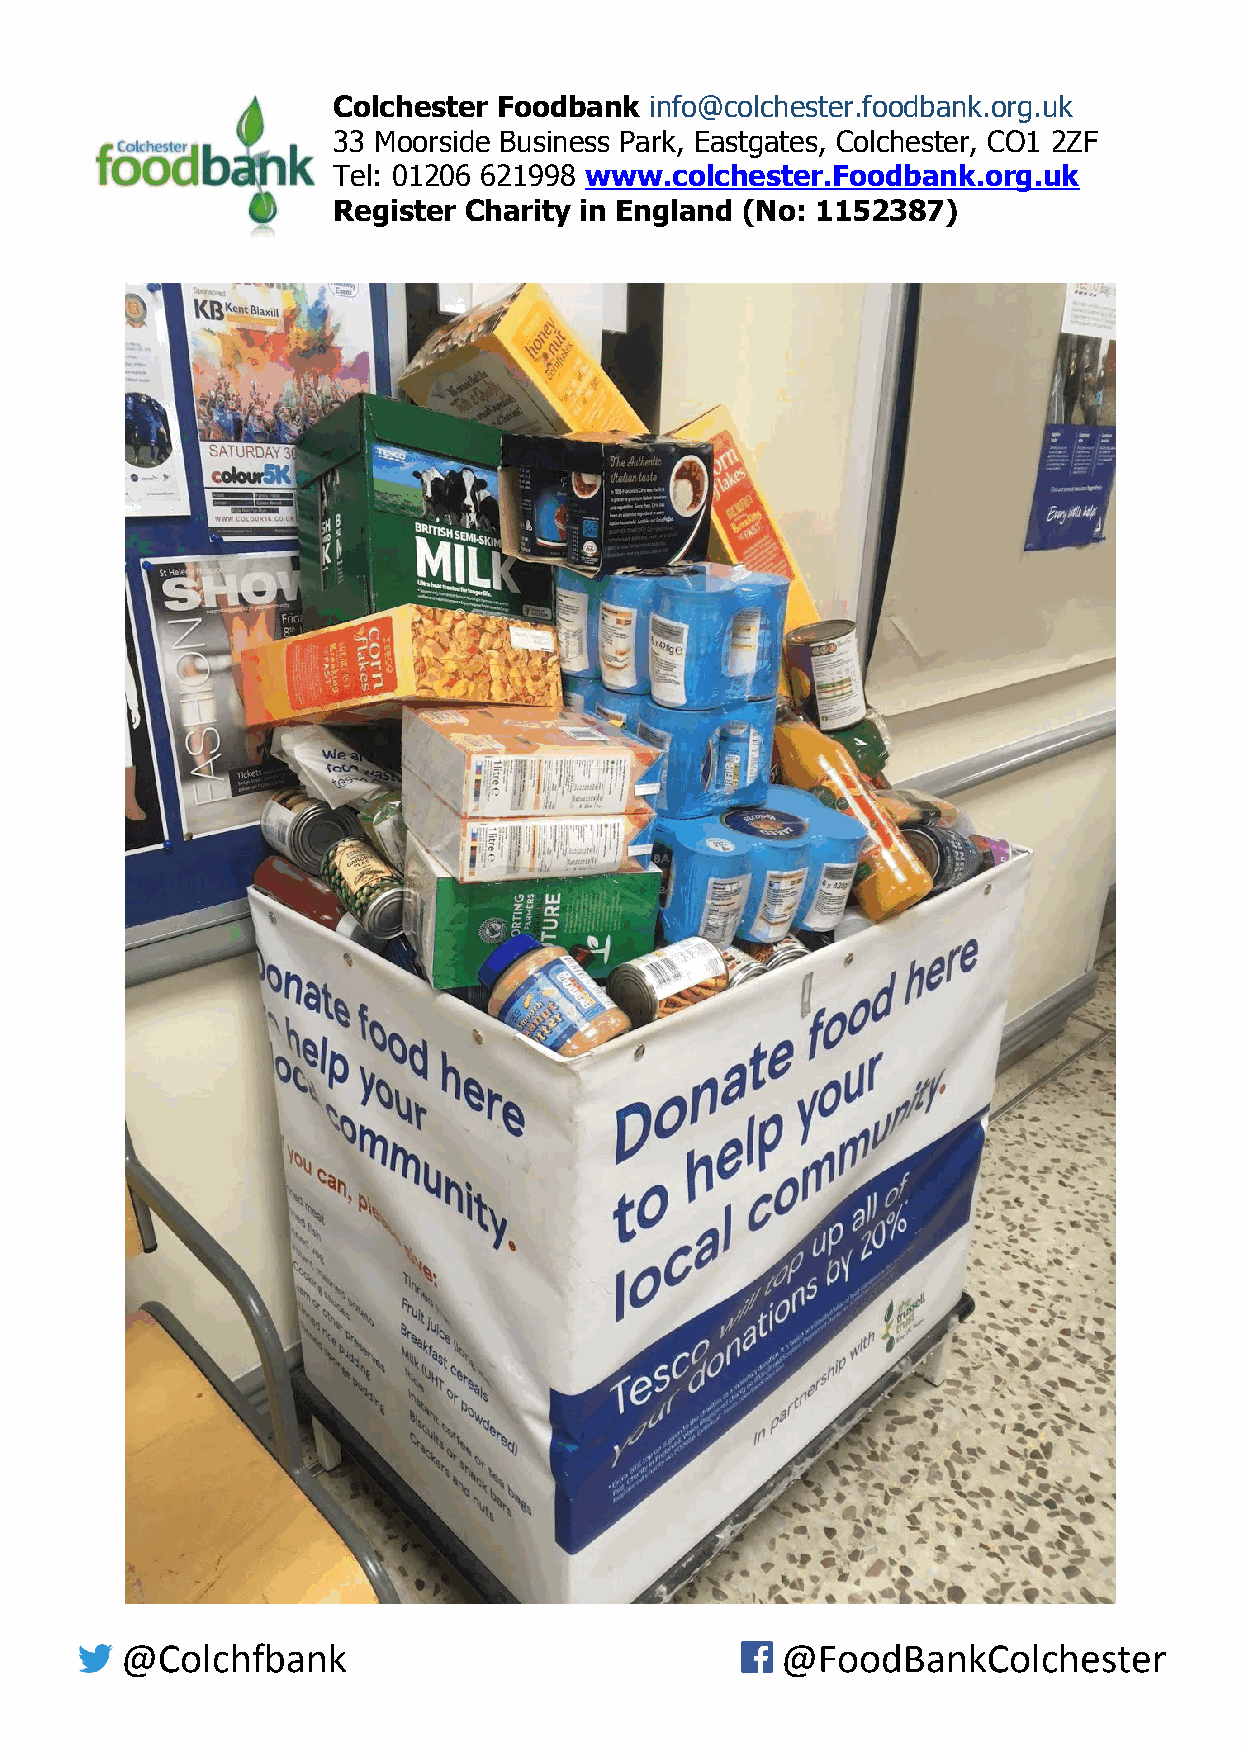
Colchester Foodbank ​ ​info@colchester.foodbank.org.uk
 33 Moorside Business Park, Eastgates, Colchester, CO1 2ZF
 Tel: 01206 621998 ​www.colchester.Foodbank.org.uk
 Register Charity in England (No: 1152387)
 @Colchfbank                                 @FoodBankColchester
 ​                                           ​